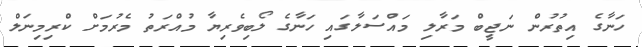
ހަނާގެ އިތުރުން ނަޖީބް މަރާލި މައްސަލާގައި ހަނާގެ ލޯބިވެރިޔާ މުއްރަތު މެރުމަށް ކްރިމިނަލް